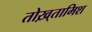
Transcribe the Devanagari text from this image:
तोख़्तामिश